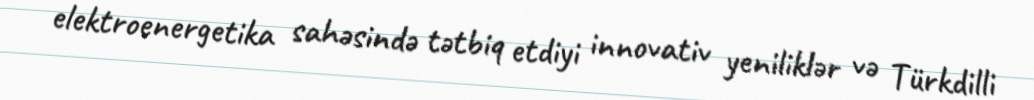
elektroenergetika sahəsində tətbiq etdiyi innovativ yeniliklər və Türkdilli